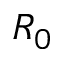
R _ { 0 }